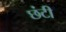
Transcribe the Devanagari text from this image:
छंटी